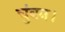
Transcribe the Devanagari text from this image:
चुंबन।